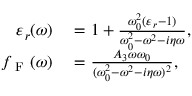
\begin{array} { r l } { \varepsilon _ { r } ( \omega ) } & { { } = 1 + \frac { \omega _ { 0 } ^ { 2 } ( \varepsilon _ { r } - 1 ) } { \omega _ { 0 } ^ { 2 } - \omega ^ { 2 } - i \eta \omega } , } \\ { f _ { \mathrm { ~ F ~ } } ( \omega ) } & { { } = \frac { A _ { 3 } \omega \omega _ { 0 } } { ( \omega _ { 0 } ^ { 2 } - \omega ^ { 2 } - i \eta \omega ) ^ { 2 } } , } \end{array}